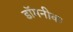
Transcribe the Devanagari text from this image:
डॉमनीक